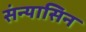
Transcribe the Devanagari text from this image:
संन्यासिन